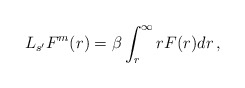
\begin{align*}L_{s'} F^m(r)=\beta \int_r^\infty rF(r)dr\,,\end{align*}